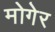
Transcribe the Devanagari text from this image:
मोगेर